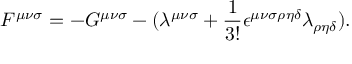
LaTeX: F ^ { { \mu } { \nu } { \sigma } } = - G ^ { { \mu } { \nu } { \sigma } } - ( { \lambda } ^ { { \mu } { \nu } { \sigma } } + \frac { 1 } { 3 ! } { \epsilon } ^ { { \mu } { \nu } { \sigma } { \rho } { \eta } { \delta } } { \lambda } _ { { \rho } { \eta } { \delta } } ) .